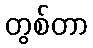
တွစ်တာ